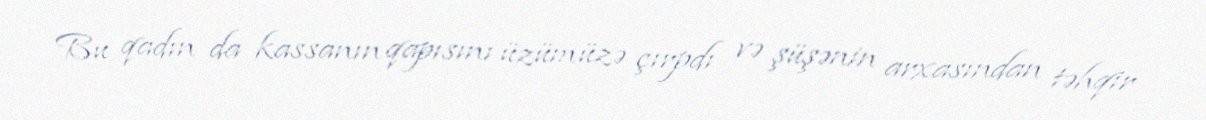
Bu qadın da kassanın qapısını üzümüzə çırpdı və şüşənin arxasından təhqir